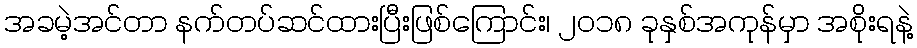
အခမဲ့အင်တာ နက်တပ်ဆင်ထားပြီးဖြစ်ကြောင်း၊ ၂၀၁၈ ခုနှစ်အကုန်မှာ အစိုးရနဲ့